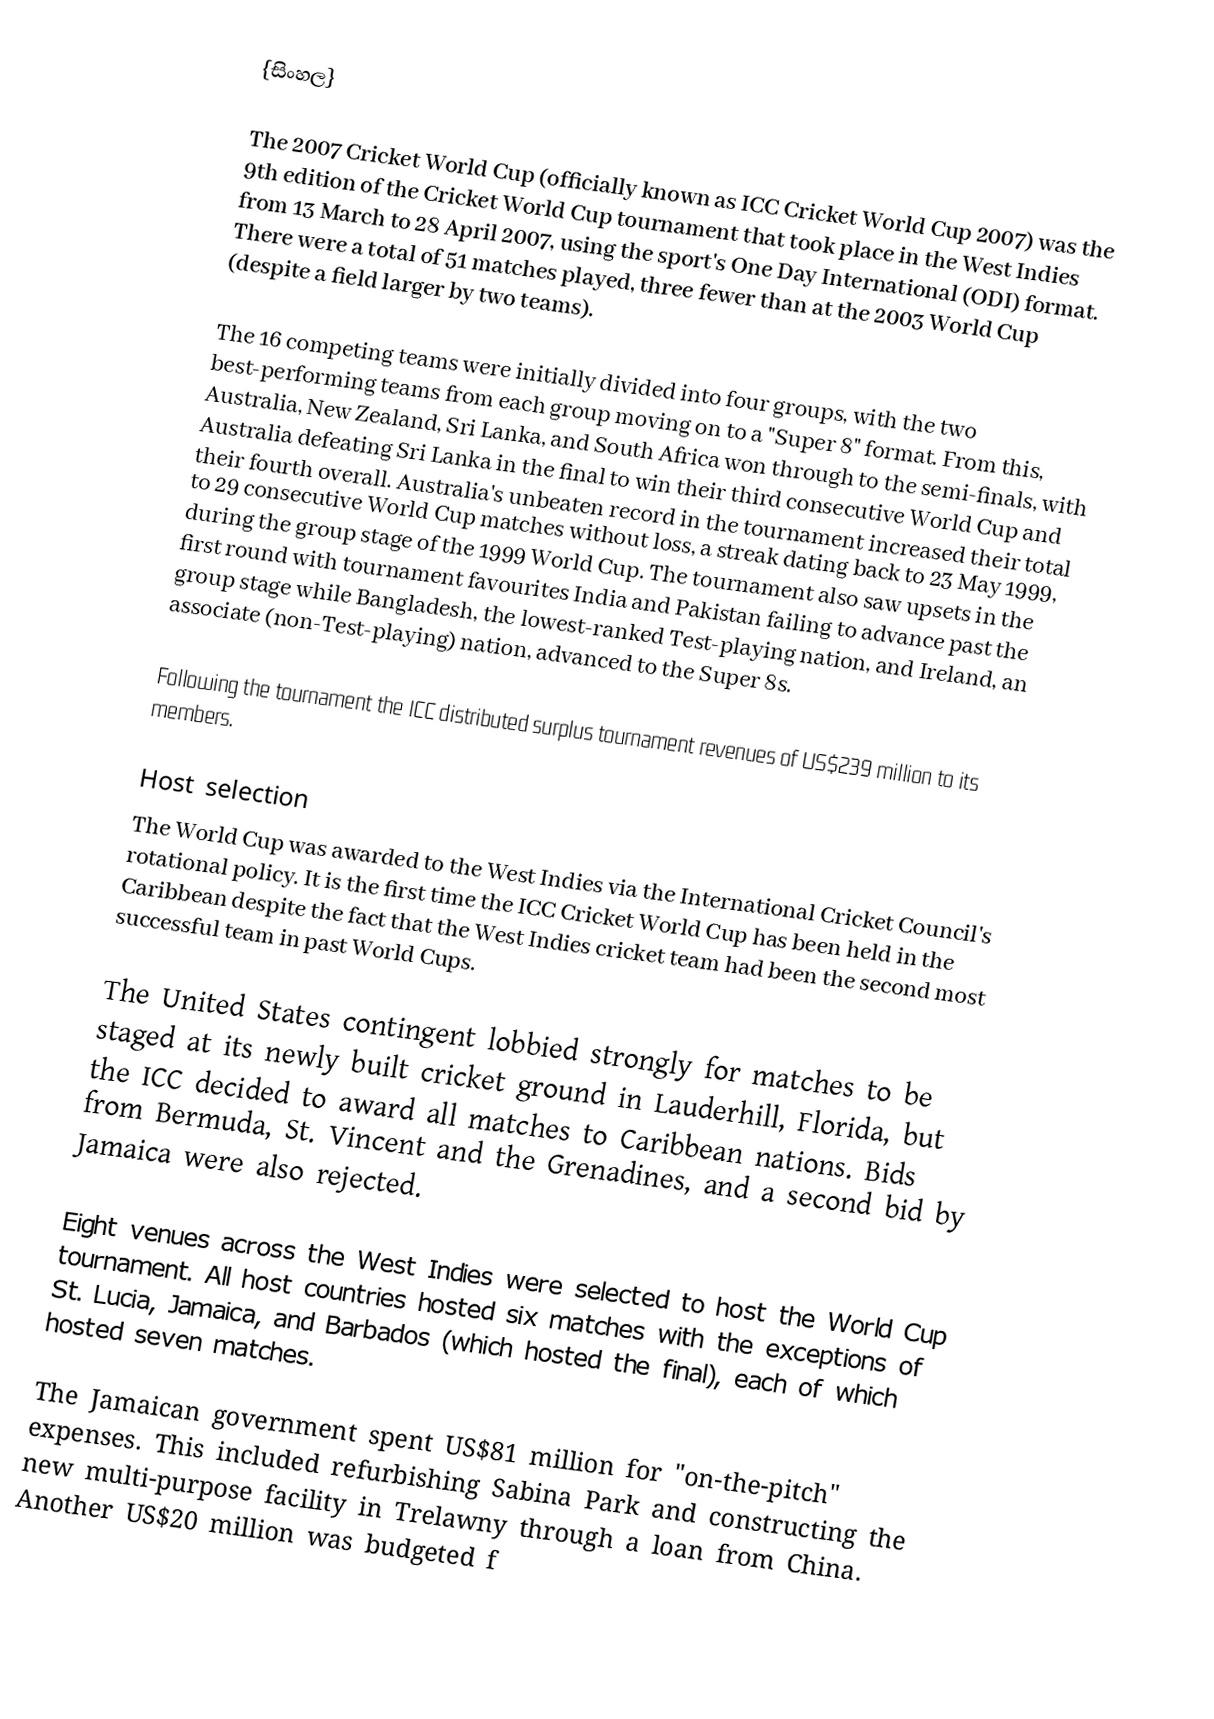
{සිංහල}

The 2007 Cricket World Cup (officially known as ICC Cricket World Cup 2007) was the 9th edition of the Cricket World Cup tournament that took place in the West Indies from 13 March to 28 April 2007, using the sport's One Day International (ODI) format. There were a total of 51 matches played, three fewer than at the 2003 World Cup (despite a field larger by two teams).

The 16 competing teams were initially divided into four groups, with the two best-performing teams from each group moving on to a "Super 8" format. From this, Australia, New Zealand, Sri Lanka, and South Africa won through to the semi-finals, with Australia defeating Sri Lanka in the final to win their third consecutive World Cup and their fourth overall. Australia's unbeaten record in the tournament increased their total to 29 consecutive World Cup matches without loss, a streak dating back to 23 May 1999, during the group stage of the 1999 World Cup. The tournament also saw upsets in the first round with tournament favourites India and Pakistan failing to advance past the group stage while Bangladesh, the lowest-ranked Test-playing nation, and Ireland, an associate (non-Test-playing) nation, advanced to the Super 8s.

Following the tournament the ICC distributed surplus tournament revenues of US$239 million to its members.

Host selection
The World Cup was awarded to the West Indies via the International Cricket Council's rotational policy. It is the first time the ICC Cricket World Cup has been held in the Caribbean despite the fact that the West Indies cricket team had been the second most successful team in past World Cups.

The United States contingent lobbied strongly for matches to be staged at its newly built cricket ground in Lauderhill, Florida, but the ICC decided to award all matches to Caribbean nations. Bids from Bermuda, St. Vincent and the Grenadines, and a second bid by Jamaica were also rejected.

Eight venues across the West Indies were selected to host the World Cup tournament. All host countries hosted six matches with the exceptions of St. Lucia, Jamaica, and Barbados (which hosted the final), each of which hosted seven matches.

The Jamaican government spent US$81 million for "on-the-pitch" expenses. This included refurbishing Sabina Park and constructing the new multi-purpose facility in Trelawny through a loan from China. Another US$20 million was budgeted f